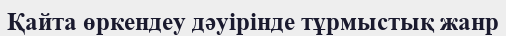
Қайта өркендеу дәуірінде тұрмыстық жанр